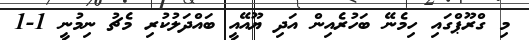
މި ގްރޫޕްގައި ހިމެނޭ ބަހުރެއިން އަދި ޔޫއޭއީ ބައްދަލުކުރި މެޗު ނިމުނީ 1-1